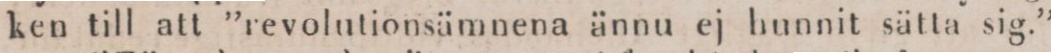
ken till att ”revolutionsämnena ännu ej hunnit sätta sig.”